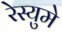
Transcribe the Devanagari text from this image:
रेस्युमे